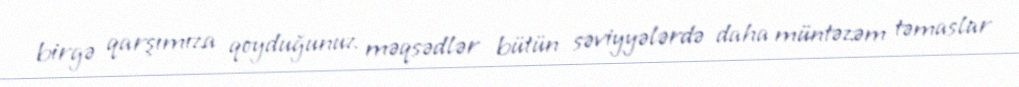
birgə qarşımıza qoyduğunuz məqsədlər bütün səviyyələrdə daha müntəzəm təmaslar